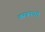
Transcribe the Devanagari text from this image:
वस्त्रनगरी